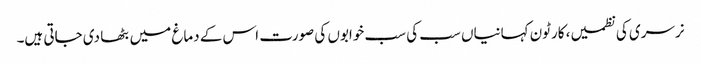
نرسری کی نظمیں، کارٹون کہانیاں سب کی سب خوابوں کی صورت اس کے دماغ میں بٹھا دی جاتی ہیں۔